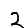
Digit: 2